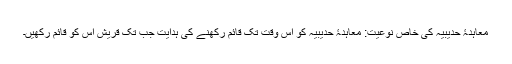
معاہدۂ حدیبیہ کی خاص نوعیت: معاہدۂ حدیبیہ کو اس وقت تک قائم رکھنے کی ہدایت جب تک قریش اس کو قائم رکھیں۔